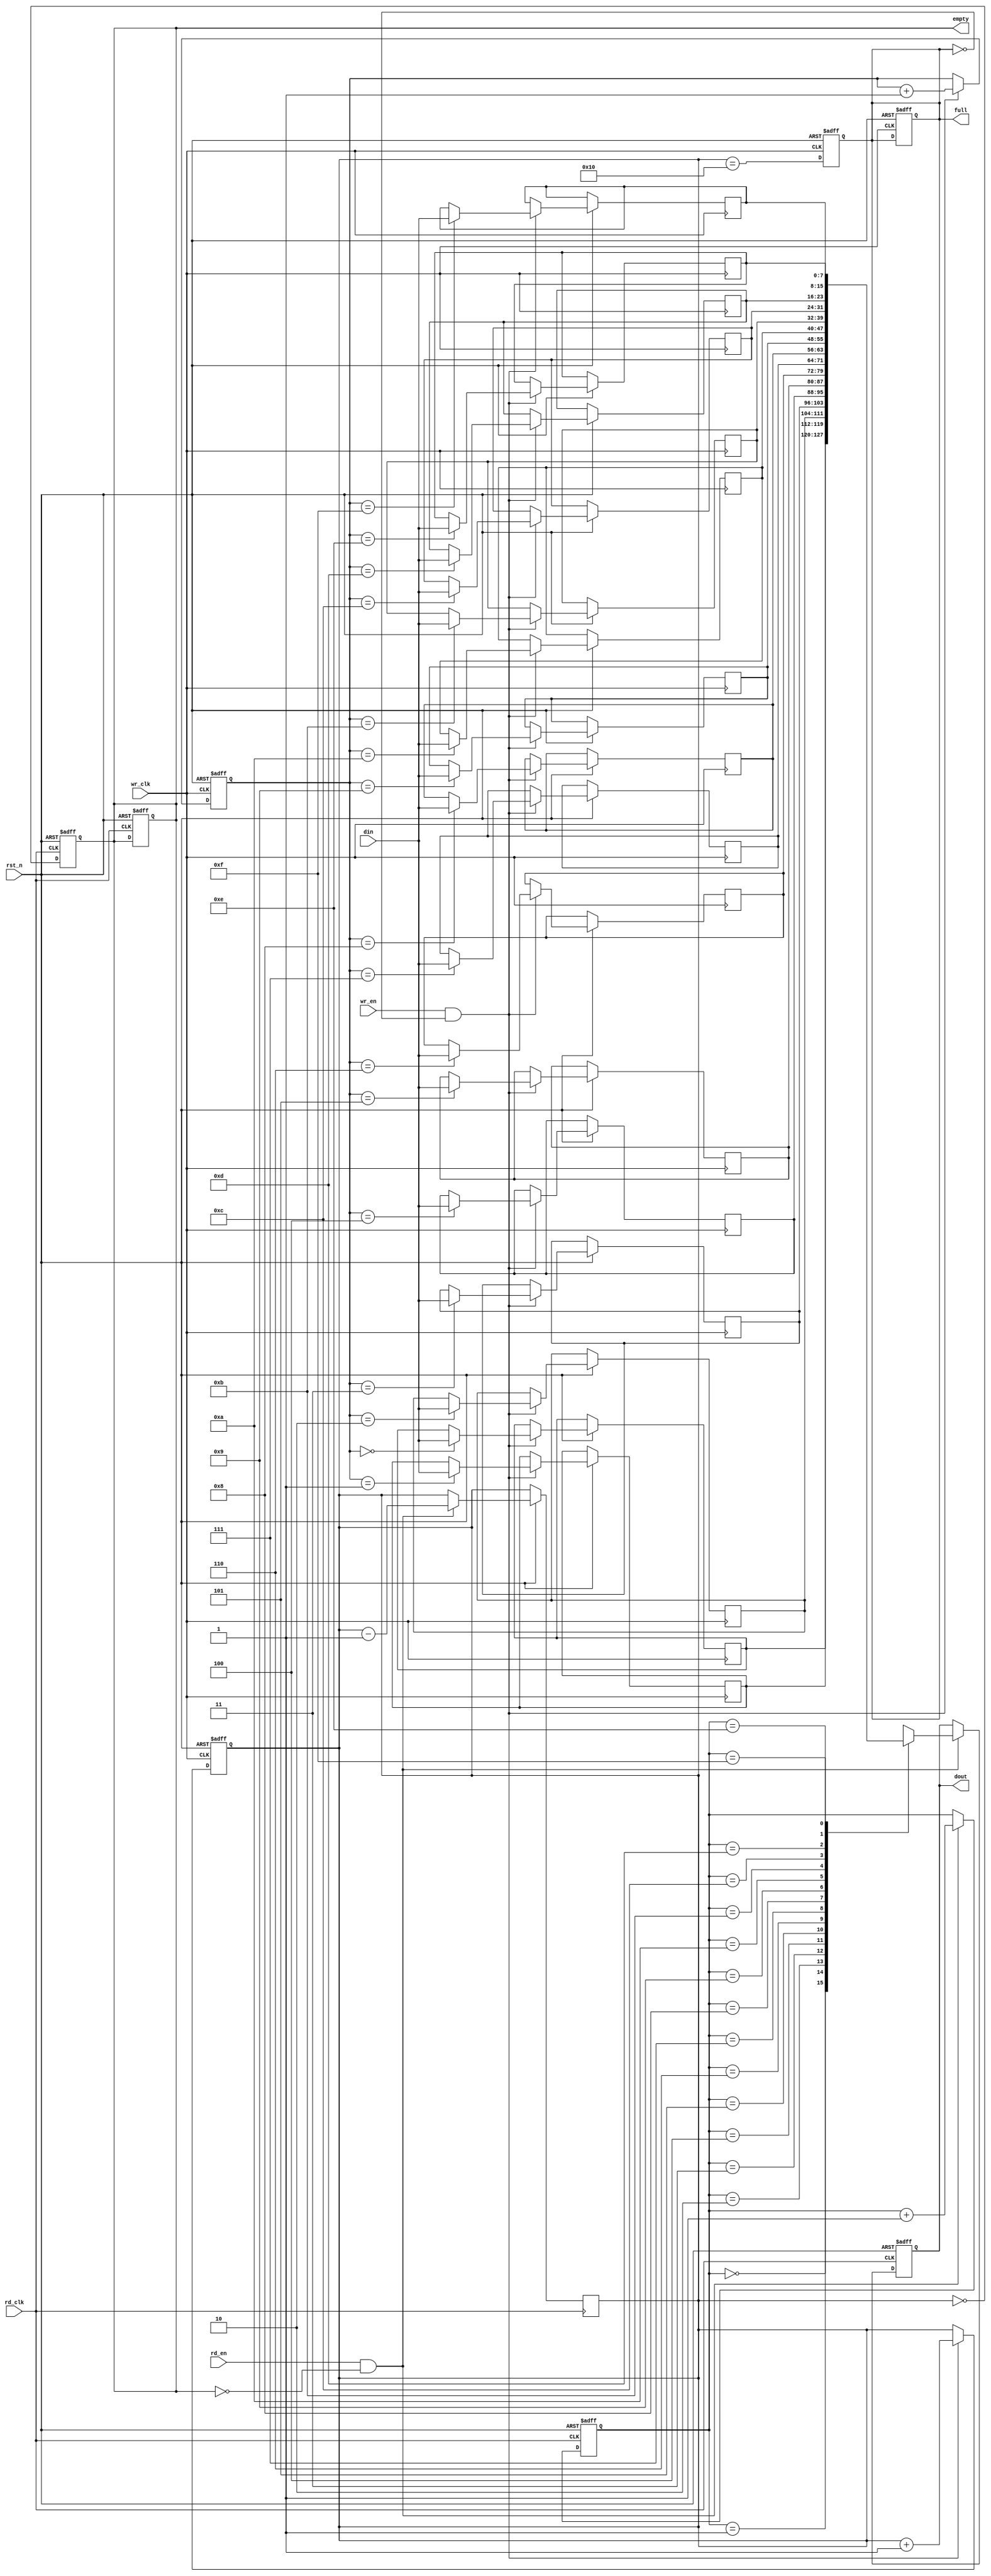
module async_fifo #(
    parameter DATA_WIDTH = 8,  // Width of the data
    parameter FIFO_DEPTH = 16   // Depth of the FIFO (must be a power of 2)
)(
    input wire wr_clk,           // Write clock
    input wire rd_clk,           // Read clock
    input wire rst_n,            // Asynchronous reset (active low)
    input wire wr_en,            // Write enable
    input wire rd_en,            // Read enable
    input wire [DATA_WIDTH-1:0] din, // Data input
    output reg [DATA_WIDTH-1:0] dout, // Data output
    output reg full,             // Full flag
    output reg empty             // Empty flag
);

    // Internal signals
    reg [DATA_WIDTH-1:0] fifo_mem [0:FIFO_DEPTH-1]; // FIFO memory
    reg [clog2(FIFO_DEPTH)-1:0] wr_ptr;             // Write pointer
    reg [clog2(FIFO_DEPTH)-1:0] rd_ptr;             // Read pointer
    reg [clog2(FIFO_DEPTH):0] count;                 // Number of elements in FIFO

    // Function to calculate log2
    function integer clog2;
        input integer value;
        begin
            value = value - 1;
            for (clog2 = 0; value > 0; clog2 = clog2 + 1)
                value = value >> 1;
        end
    endfunction

    // Asynchronous reset
    always @(posedge wr_clk or negedge rst_n) begin
        if (!rst_n) begin
            wr_ptr <= 0;
            count <= 0;
            full <= 0;
        end else if (wr_en && !full) begin
            fifo_mem[wr_ptr] <= din; // Write data
            wr_ptr <= wr_ptr + 1;
            count <= count + 1;
        end
    end

    always @(posedge rd_clk or negedge rst_n) begin
        if (!rst_n) begin
            rd_ptr <= 0;
            dout <= 0;
            empty <= 1;
        end else if (rd_en && !empty) begin
            dout <= fifo_mem[rd_ptr]; // Read data
            rd_ptr <= rd_ptr + 1;
            count <= count - 1;
        end
    end

    // Full and empty flag logic
    always @(posedge wr_clk or negedge rst_n) begin
        if (!rst_n) begin
            full <= 0;
        end else begin
            full <= (count == FIFO_DEPTH);
        end
    end

    always @(posedge rd_clk or negedge rst_n) begin
        if (!rst_n) begin
            empty <= 1;
        end else begin
            empty <= (count == 0);
        end
    end

endmodule